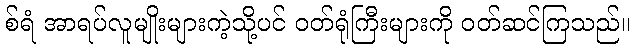
စ်ရံ အာရပ်လူမျိုးများကဲ့သို့ပင် ဝတ်ရုံကြီးများကို ဝတ်ဆင်ကြသည်။